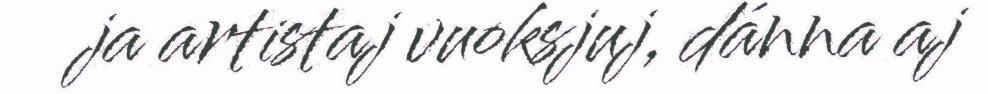
ja artistaj vuoksjuj, dánna aj